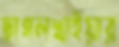
ছাগলখাইয়ার